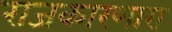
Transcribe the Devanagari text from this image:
राजकारणारा